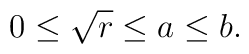
0\leq \sqrt{r} \leq a\leq b.